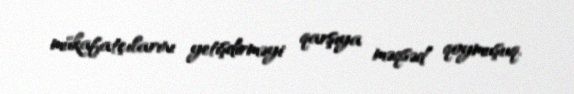
mükafatçılarını yetişdirməyi qarşıya məqsəd qoymuşuq.